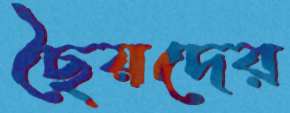
ছৈয়দের